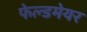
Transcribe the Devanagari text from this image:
फेल्डमेयर